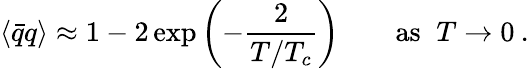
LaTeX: \langle\bar{q}q\rangle\approx 1-2\exp\left(-\frac{2}{T/T_{c}}\right)\qquad\mathrm{as}\; \; T\rightarrow 0\: .